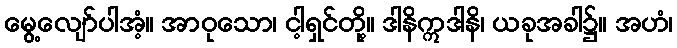
မွေ့လျော်ပါအံ့။ အာဝုသော၊ ငါ့ရှင်တို့။ ဒါနိဣဒါနိ၊ ယခုအခါ၌။ အဟံ၊